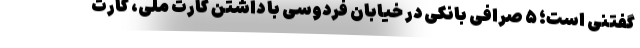
گفتنی است؛ ۵ صرافی بانکی در خیابان فردوسی با داشتن کارت ملی، کارت